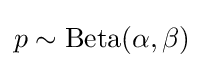
p\sim \mathrm {Beta} (\alpha ,\beta )